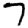
Digit: 7